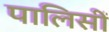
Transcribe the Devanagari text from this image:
पालिसीं